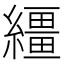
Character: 繮